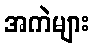
အကဲများ